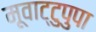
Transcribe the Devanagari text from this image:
मूवाट्टुपुपा